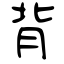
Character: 背